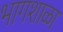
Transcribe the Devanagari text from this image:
भागशाळा